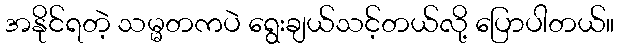
အနိုင်ရတဲ့ သမ္မတကပဲ ရွေးချယ်သင့်တယ်လို့ ပြောပါတယ်။